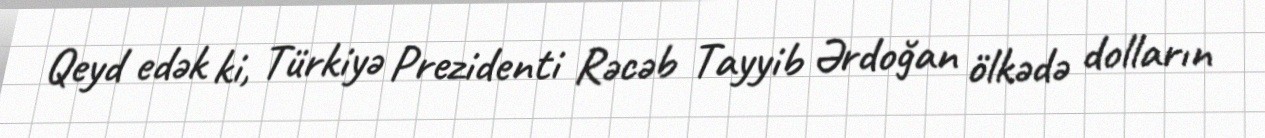
Qeyd edək ki, Türkiyə Prezidenti Rəcəb Tayyib Ərdoğan ölkədə dolların